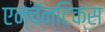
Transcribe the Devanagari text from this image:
एन्चॅनटिक्स